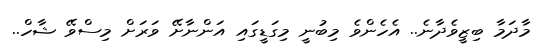
މާދަމާ ބިޒީވެދާނެ.. އެހެންވެ މިބުނީ މިގަޑީގައި އަންނާށޭ ވަރަށް މިސްވޭ ޝާހް..